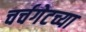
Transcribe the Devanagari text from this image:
चर्चगेटच्या